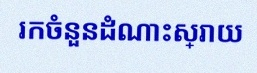
រកចំនួនដំណោះស្រាយ